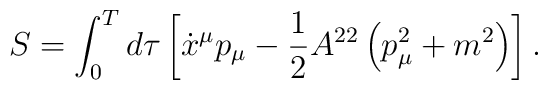
S=\int_0^Td\tau \left[ \dot{x}^\mu p_\mu -\frac 12A^{22}\left( p_\mu^2+m^2\right) \right] .